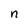
Character: n